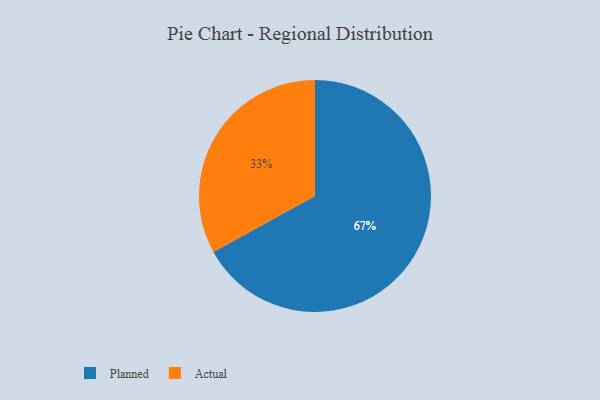
{"axis": {"x": "Category", "y": "Percentage"}, "legend": ["Actual", "Planned"], "data": [{"x": "Actual", "y": 33, "type": "Actual"}, {"x": "Planned", "y": 67, "type": "Planned"}]}